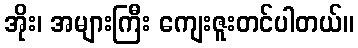
အိုး၊ အများကြီး ကျေးဇူးတင်ပါတယ်။